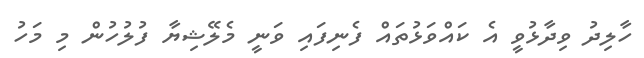
ހާލިދު ވިދާޅުވީ އެ ކައްވަޅުތައް ފެނިފައި ވަނީ މެލޭޝިޔާ ފުލުހުން މި މަހު